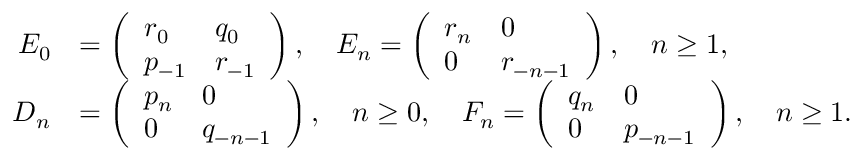
\begin{array} { r l } { E _ { 0 } } & { = \left( \begin{array} { l l } { r _ { 0 } } & { q _ { 0 } } \\ { p _ { - 1 } } & { r _ { - 1 } } \end{array} \right) , \quad E _ { n } = \left( \begin{array} { l l } { r _ { n } } & { 0 } \\ { 0 } & { r _ { - n - 1 } } \end{array} \right) , \quad n \geq 1 , } \\ { D _ { n } } & { = \left( \begin{array} { l l } { p _ { n } } & { 0 } \\ { 0 } & { q _ { - n - 1 } } \end{array} \right) , \quad n \geq 0 , \quad F _ { n } = \left( \begin{array} { l l } { q _ { n } } & { 0 } \\ { 0 } & { p _ { - n - 1 } } \end{array} \right) , \quad n \geq 1 . } \end{array}